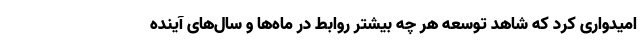
امیدواری کرد که شاهد توسعه هر چه بیشتر روابط در ماه‌ها و سال‌های آینده